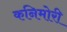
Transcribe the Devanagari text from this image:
कनिमोरी